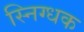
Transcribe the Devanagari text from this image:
स्निग्धक